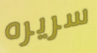
سريره